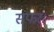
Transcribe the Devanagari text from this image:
सफर।